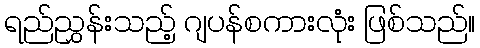
ရည်ညွှန်းသည့် ဂျပန်စကားလုံး ဖြစ်သည်။